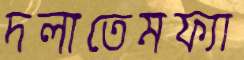
দলাতেমফ্যা